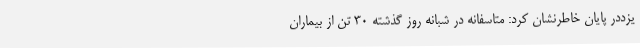
یزددر پایان خاطرنشان کرد: متاسفانه در شبانه روز گذشته 30 تن از بیماران